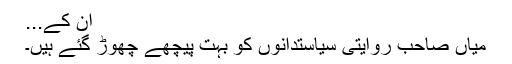
ان کے...
میاں صاحب روایتی سیاستدانوں کو بہت پیچھے چھوڑ گئے ہیں۔